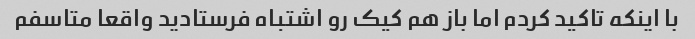
با اینکه تاکید کردم اما باز هم کیک رو اشتباه فرستادید واقعا متاسفم